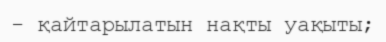
- қайтарылатын нақты уақыты;